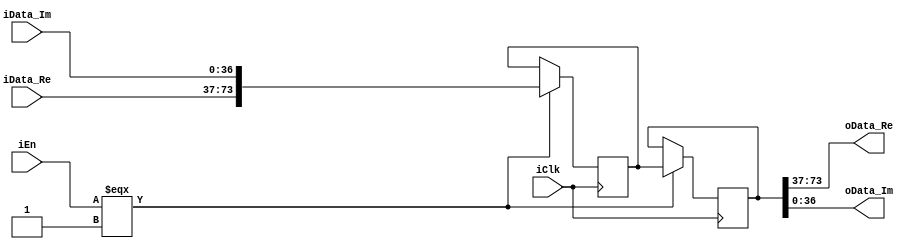
// --------------------------------------------------------------------------------
//  Company: MSI
//  Design Name: 
//  Module Name:    buffer_2_FIFO - Behavioral 
//  Project Name: FFT_R2SDF
//  Description: 
// --------------------------------------------------------------------------------


`define false 1'b 0
`define FALSE 1'b 0
`define true 1'b 1
`define TRUE 1'b 1

`timescale 1 ns / 1 ns // timescale for following modules



module buffer_2 (
   iClk,
   iEn,
   iData_Re,
   iData_Im,
   oData_Re,
   oData_Im);
 

input   iClk; 
input   iEn; 
input   [36:0] iData_Re; 
input   [36:0] iData_Im; 
output   [36:0] oData_Re; 
output   [36:0] oData_Im; 

wire    [36:0] oData_Re; 
wire    [36:0] oData_Im; 
reg     [73:0] memory [1:0]; 

assign oData_Re = memory[1][73:37]; 
assign oData_Im = memory[1][36:0]; 

always @(posedge iClk)
   begin : process_1
   if (iClk === 1'b 1)
      begin
      if (iEn === 1'b 1)
         begin
         memory[1] <= memory[0];   
         memory[0] <= {iData_Re, iData_Im};   
         end
      else
         ;
      end
   end


endmodule // module buffer_2